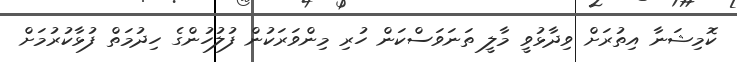
ކޮމިޝަނާ އިތުރަށް ވިދާޅުވީ މާލީ ތަނަވަސްކަން ހުރި މިންވަރަކުން ފުލުހުންގެ ހިދުމަތް ފުޅާކުރުމަށް